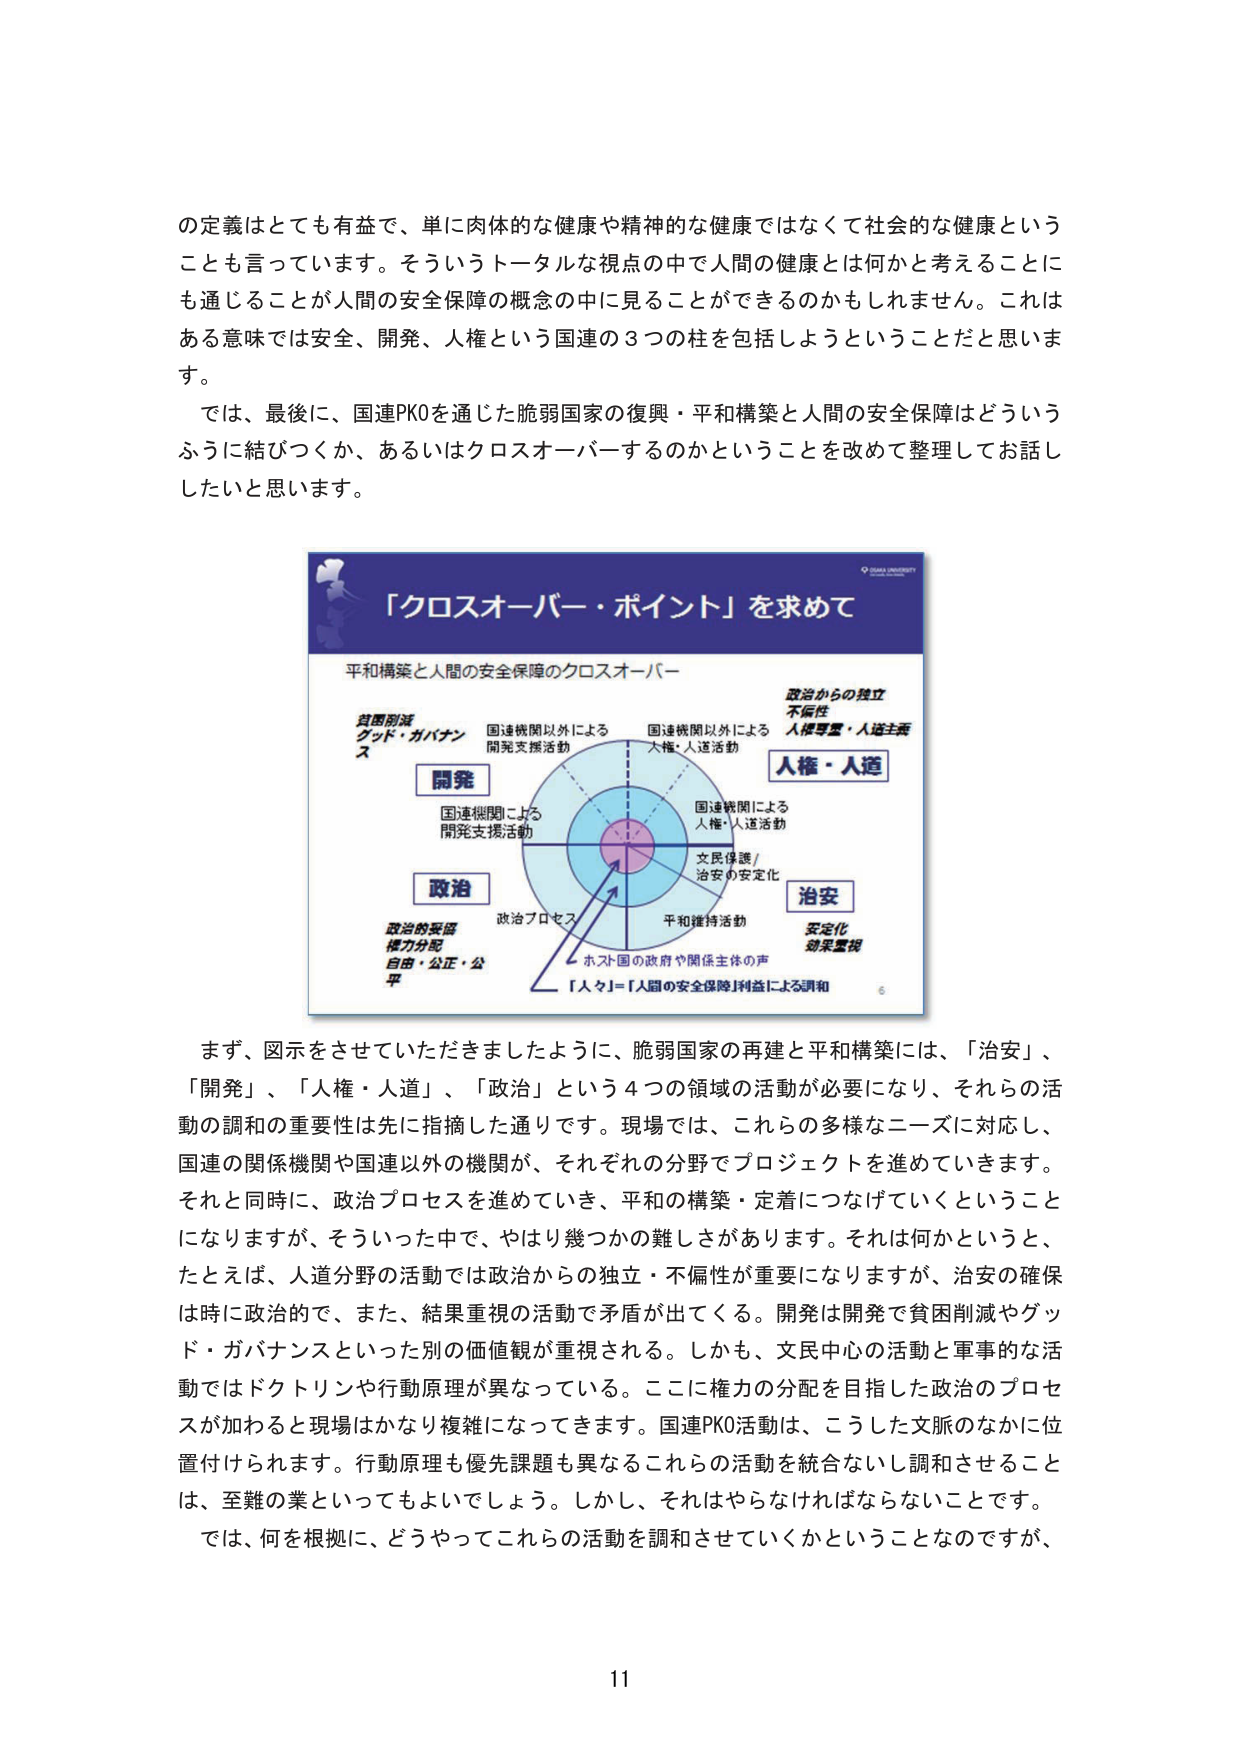
の定義はとても有益で、単に肉体的な健康や精神的な健康ではなくて社会的な健康という
ことも言っています。そういうトータルな視点の中で人間の健康とは何かと考えることに
も通じることが人間の安全保障の概念の中に見ることができるのかもしれません。これは
ある意味では安全、開発、人権という国連の3つの柱を包括しようということだと思いま
す。
では、最後に、国連PKOを通じた脆弱国家の復興・平和構築と人間の安全保障はどういう
ふうに結びつくか、あるいはクロスオーバーするのかということを改めて整理してお話し
したいと思います。

「クロスオーバー・ポイント」を求めて
平和構築と人間の安全保障のクロスオーバー

貧困削減
グッド・ガバナンス

国連機関による
開発支援活動

国連機関以外による
開発支援活動

国連機関以外による
人権・人道活動

政治からの独立
不偏性
人権尊重・人道主義

人権・人道

開発

国連機関による
人権・人道活動

文民保護/
治安の安定化

政治

政治的妥協
権力分配
自由・公正・公
平

政治プロセス

平和維持活動

治安

安定化
効果監視

ホスト国の政府や関係主体の声

「人々」＝「人間の安全保障」利益による調和

6

まず、図示をさせていただきましたように、脆弱国家の再建と平和構築には、「治安」、
「開発」、「人権・人道」、「政治」という4つの領域の活動が必要になり、それらの活
動の調和の重要性は先に指摘した通りです。現場では、これらの多様なニーズに対応し、
国連の関係機関や国連以外の機関が、それぞれの分野でプロジェクトを進めていきます。
それと同時に、政治プロセスを進めていき、平和の構築・定着につなげていくということ
になりますが、そういった中で、やはり幾つかの難しさがあります。それは何かというと、
たとえば、人道分野の活動では政治からの独立・不偏性が重要になりますが、治安の確保
は時に政治的で、また、結果重視の活動で矛盾が出てくる。開発は開発で貧困削減やグッ
ド・ガバナンスといった別の価値観が重視される。しかも、文民中心の活動と軍事的な活
動ではドクトリンや行動原理が異なっている。ここに権力の分配を目指した政治のプロセ
スが加わると現場はかなり複雑になってきます。国連PKO活動は、こうした文脈のなかに位
置付けられます。行動原理も優先課題も異なるこれらの活動を統合ないし調和させること
は、至難の業といってもよいでしょう。しかし、それはやらなければならないことです。
では、何を根拠に、どうやってこれらの活動を調和させていくかということなのですが、

11